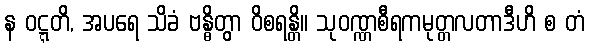
န ဝဋ္ဋတိ, အပရေ သိခံ ဗန္ဓိတွာ ဝိစရန္တိ။ သုဝဏ္ဏစီရကမုတ္တလတာဒီဟိ စ တံ